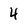
Character: 4